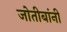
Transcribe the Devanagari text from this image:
जोतीबांनी